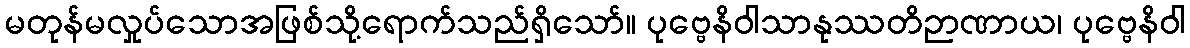
မတုန်မလှုပ်သောအဖြစ်သို့ရောက်သည်ရှိသော်။ ပုဗ္ဗေနိဝါသာနုဿတိဉာဏာယ၊ ပုဗ္ဗေနိဝါ